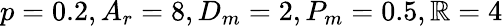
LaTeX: p=0.2,A_{r}=8,D_{m}=2,P_{m}=0.5,\mathbb{R}=4